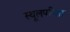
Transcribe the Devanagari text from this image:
स्थूलपरीक्षा